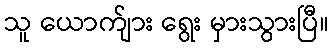
သူ ယောက်ျား ရွေး မှားသွားပြီ။